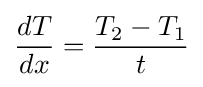
{\frac {dT}{dx}}={\frac {T_{2}-T_{1}}{t}}